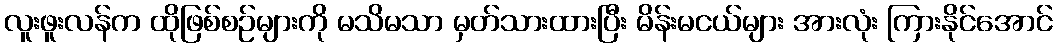
လူးဖူးလန်က ထိုဖြစ်စဉ်များကို မသိမသာ မှတ်သားထားပြီး မိန်းမငယ်များ အားလုံး ကြားနိုင်အောင်